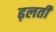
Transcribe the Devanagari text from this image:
ढ़लती